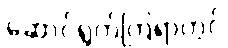
ဆောင်ရွက်ကြရာတွင်